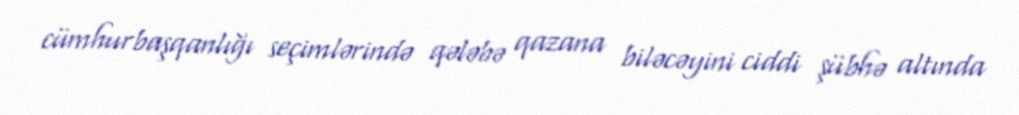
cümhurbaşqanlığı seçimlərində qələbə qazana biləcəyini ciddi şübhə altında